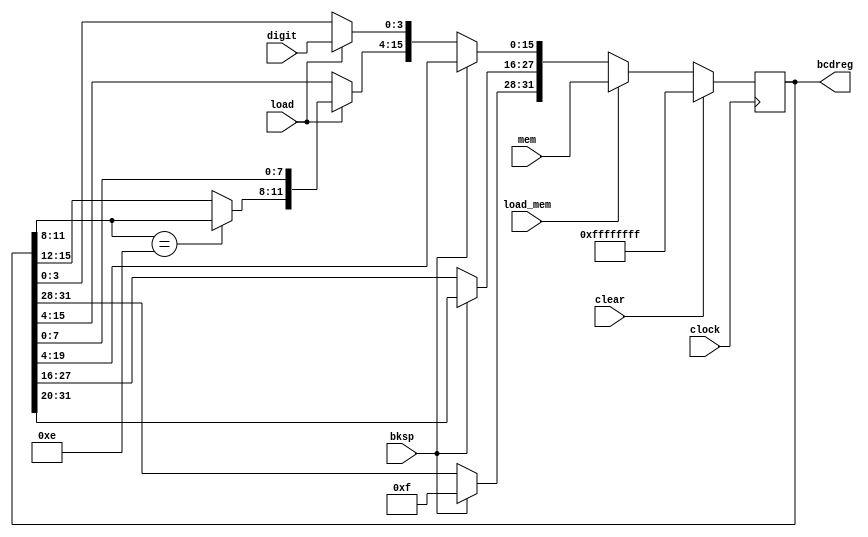
module bcdreg (input clock,
			input [3:0] digit,
			input [31:0] mem,
			input load,
			input bksp,
			input clear,
			input load_mem,
			output reg [31:0] bcdreg
);
		
	always @ (posedge clock) begin
			if (clear) begin //Reset reg to blank
				//blank characters
				//bcdreg = {{7{4'b1111}}, 4'b0000};
				bcdreg = {8{4'b1111}};
			end else if (load_mem) begin
				//Parallel load from MR
				bcdreg = mem;
			
			end else if (bksp) begin
				//Rightshift BCD chars, fill in with blank
				bcdreg = bcdreg >> 4;
				bcdreg[31:28] = 4'b1111;
				
			end else if (load) begin
				//Leftshift chars
				//If there's a negative sign in 3rd pos,
				// shift it into 4th pos
				if(bcdreg[11:8] == 4'b1110) begin 
					bcdreg[15:0] = bcdreg[15:0] << 4;
				end else begin
				//Else only shift right 3 chars (rest are blank or negative)
					bcdreg[11:0] = bcdreg[11:0] << 4;
				end
				
				//Append digit to load
				bcdreg[3:0] = digit;

			end
			
	end
endmodule